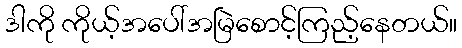
ဒါကို ကိုယ့်အပေါ်အမြဲစောင့်ကြည့်နေတယ်။